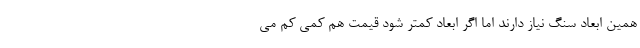
همین ابعاد سنگ نیاز دارند اما اگر ابعاد کمتر شود قیمت هم کمی کم می